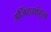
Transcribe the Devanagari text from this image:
अजिंठयांहून